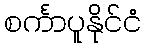
စင်္ကာပူနိုင်ငံ